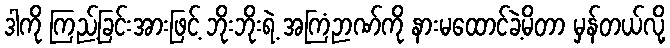
ဒါကို ကြည့်ခြင်းအားဖြင့် ဘိုးဘိုးရဲ့ အကြံဉာဏ်ကို နားမထောင်ခဲ့မိတာ မှန်တယ်လို့